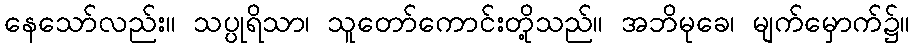
နေသော်လည်း။ သပ္ပုရိသာ၊ သူတော်ကောင်းတို့သည်။ အဘိမုခေ၊ မျက်မှောက်၌။